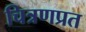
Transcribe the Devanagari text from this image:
चित्रणप्रत